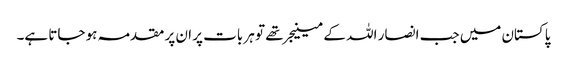
پاکستان میں جب انصار اللہ کے مینیجر تھے تو ہر بات پر ان پر مقدمہ ہو جاتا ہے۔